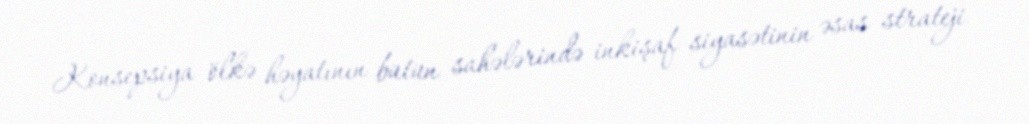
Konsepsiya ölkə həyatının bütün sahələrində inkişaf siyasətinin əsas strateji